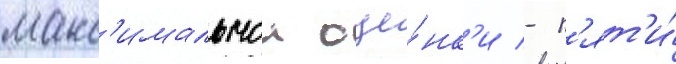
макс'имальнои оце́нк'и - п'ят'и́